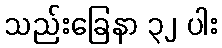
သည်းခြေနာ ၃၂ ပါး